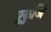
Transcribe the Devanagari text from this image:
पूकुञि